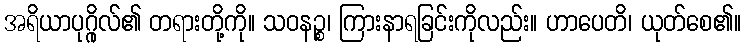
အရိယာပုဂ္ဂိုလ်၏ တရားတို့ကို။ သဝနဉ္စ၊ ကြားနာရခြင်းကိုလည်း။ ဟာပေတိ၊ ယုတ်စေ၏။